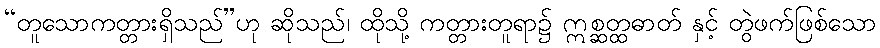
“တူသောကတ္တားရှိသည်”ဟု ဆိုသည်၊ ထိုသို့ ကတ္တားတူရာ၌ ဣစ္ဆတ္ထဓာတ် နှင့် တွဲဖက်ဖြစ်သော